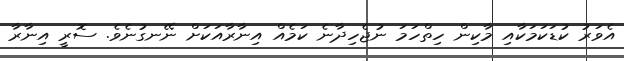
އެވަރު ކުޑަކަމަކާއި މާކިން ހިތްހަމަ ނުޖެހިދާނެ ކަމެއް އިނާރާއަކަށް ނޭނގުނެވެ. ސޮރީ އިނާރާ